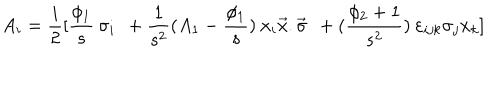
LaTeX: A _ { i } = \frac { i } { 2 } [ \frac { \phi _ { 1 } } { s } \: \sigma _ { i } \: \: + \frac { 1 } { s ^ { 2 } } ( A _ { 1 } - \frac { \phi _ { 1 } } { s } ) \: x _ { i } \vec { x } . \vec { \sigma } \: \: + ( \frac { \phi _ { 2 } + 1 } { s ^ { 2 } } ) \: \varepsilon _ { i j k } \sigma _ { j } x _ { k } ]